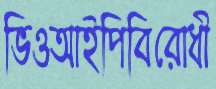
ভিওআইপিবিরোধী